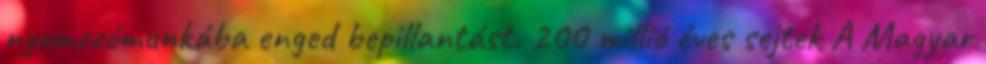
nyomozómunkába enged bepillantást. 200 millió éves sejtek A Magyar